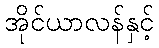
အိုင်ယာလန်နှင့်